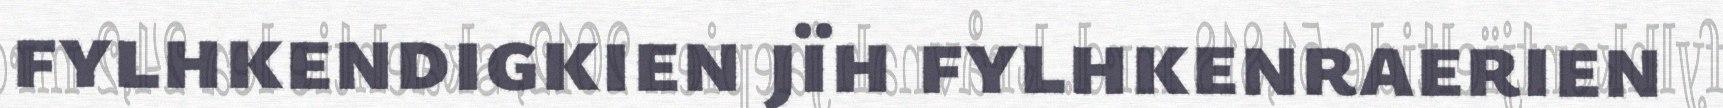
fylhkendigkien jïh fylhkenraerien